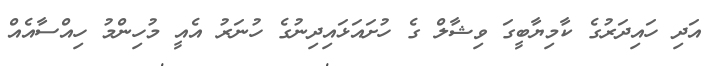
އަދި ހައިދަރުގެ ކާމިޔާބީގަ ވިޝާލް ގެ ހުށައަޅައިދިނުގެ ހުނަރު އެއީ މުހިންމު ހިއްސާއެއް